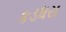
કડધરા